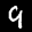
Label: 9